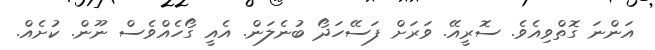
އަންނަ ގޮތްވިއެވެ. ސޮރީއޭ. ވަރަށް ފަސޭހަދޯ ބުނެލަން. އެއީ ގޯހެއްވެސް ނޫން. ކުށެއް.